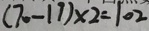
( 7 0 - 1 9 ) \times 2 = 1 0 2